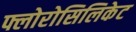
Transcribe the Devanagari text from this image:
फ्लोरोसिलिकेट